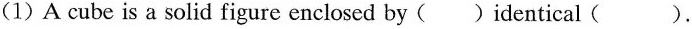
(1)A cube is a solid figure enclosed by(_